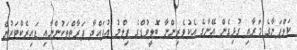
ކަލްޕަނާގެ މަރާއި ގުޅިގެން އޭނާގެ އެކުވެރިންނާ ބޮލީވުޑްގެ ފިލްމު އުފައްދާ ފަރާތްތަކުންނާއި ޑައިރެކްޓަރުން